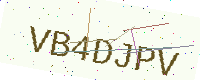
Text: VB4DJPV